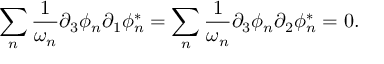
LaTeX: \sum _ { n } \frac { 1 } { \omega _ { n } } \partial _ { 3 } \phi _ { n } \partial _ { 1 } \phi _ { n } ^ { * } = \sum _ { n } \frac { 1 } { \omega _ { n } } \partial _ { 3 } \phi _ { n } \partial _ { 2 } \phi _ { n } ^ { * } = 0 .